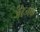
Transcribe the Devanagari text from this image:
जेरेजक